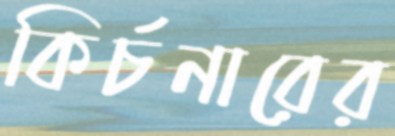
কির্চনারের